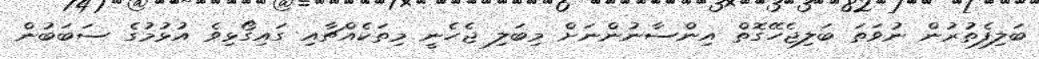
ބަލިފެތުރުން ނުވަތަ ބަލިޖެހޭގޮތް އިންސާނުންނަށް މިބަލި ޖެހެނީ މިތަކެއްޗާއި ގައިގޯޅިވެ އުޅުމުގެ ސަބަބުން